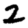
Digit: 2